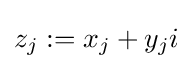
z_{j}:=x_{j}+y_{j}i